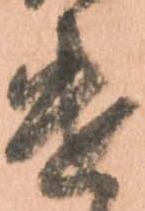
遣